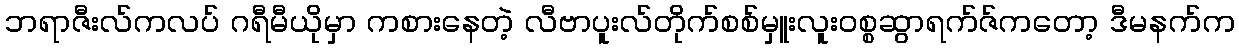
ဘရာဇီးလ်ကလပ် ဂရီမီယိုမှာ ကစားနေတဲ့ လီဗာပူးလ်တိုက်စစ်မှူးလူး၀စ္စဆွာရက်ဇ်ကတော့ ဒီမနက်က